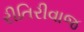
રીતિરીવાજ